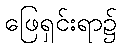
ဖြေရှင်းရာ၌